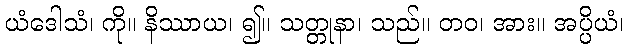
ယံဒေါသံ၊ ကို။ နိဿာယ၊ ၍။ သတ္တုနာ၊ သည်။ တဝ၊ အား။ အပ္ပိယံ၊